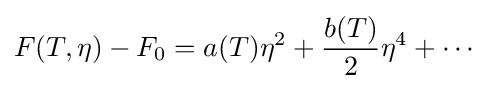
F(T,\eta )-F_{0}=a(T)\eta ^{2}+{\frac {b(T)}{2}}\eta ^{4}+\cdots